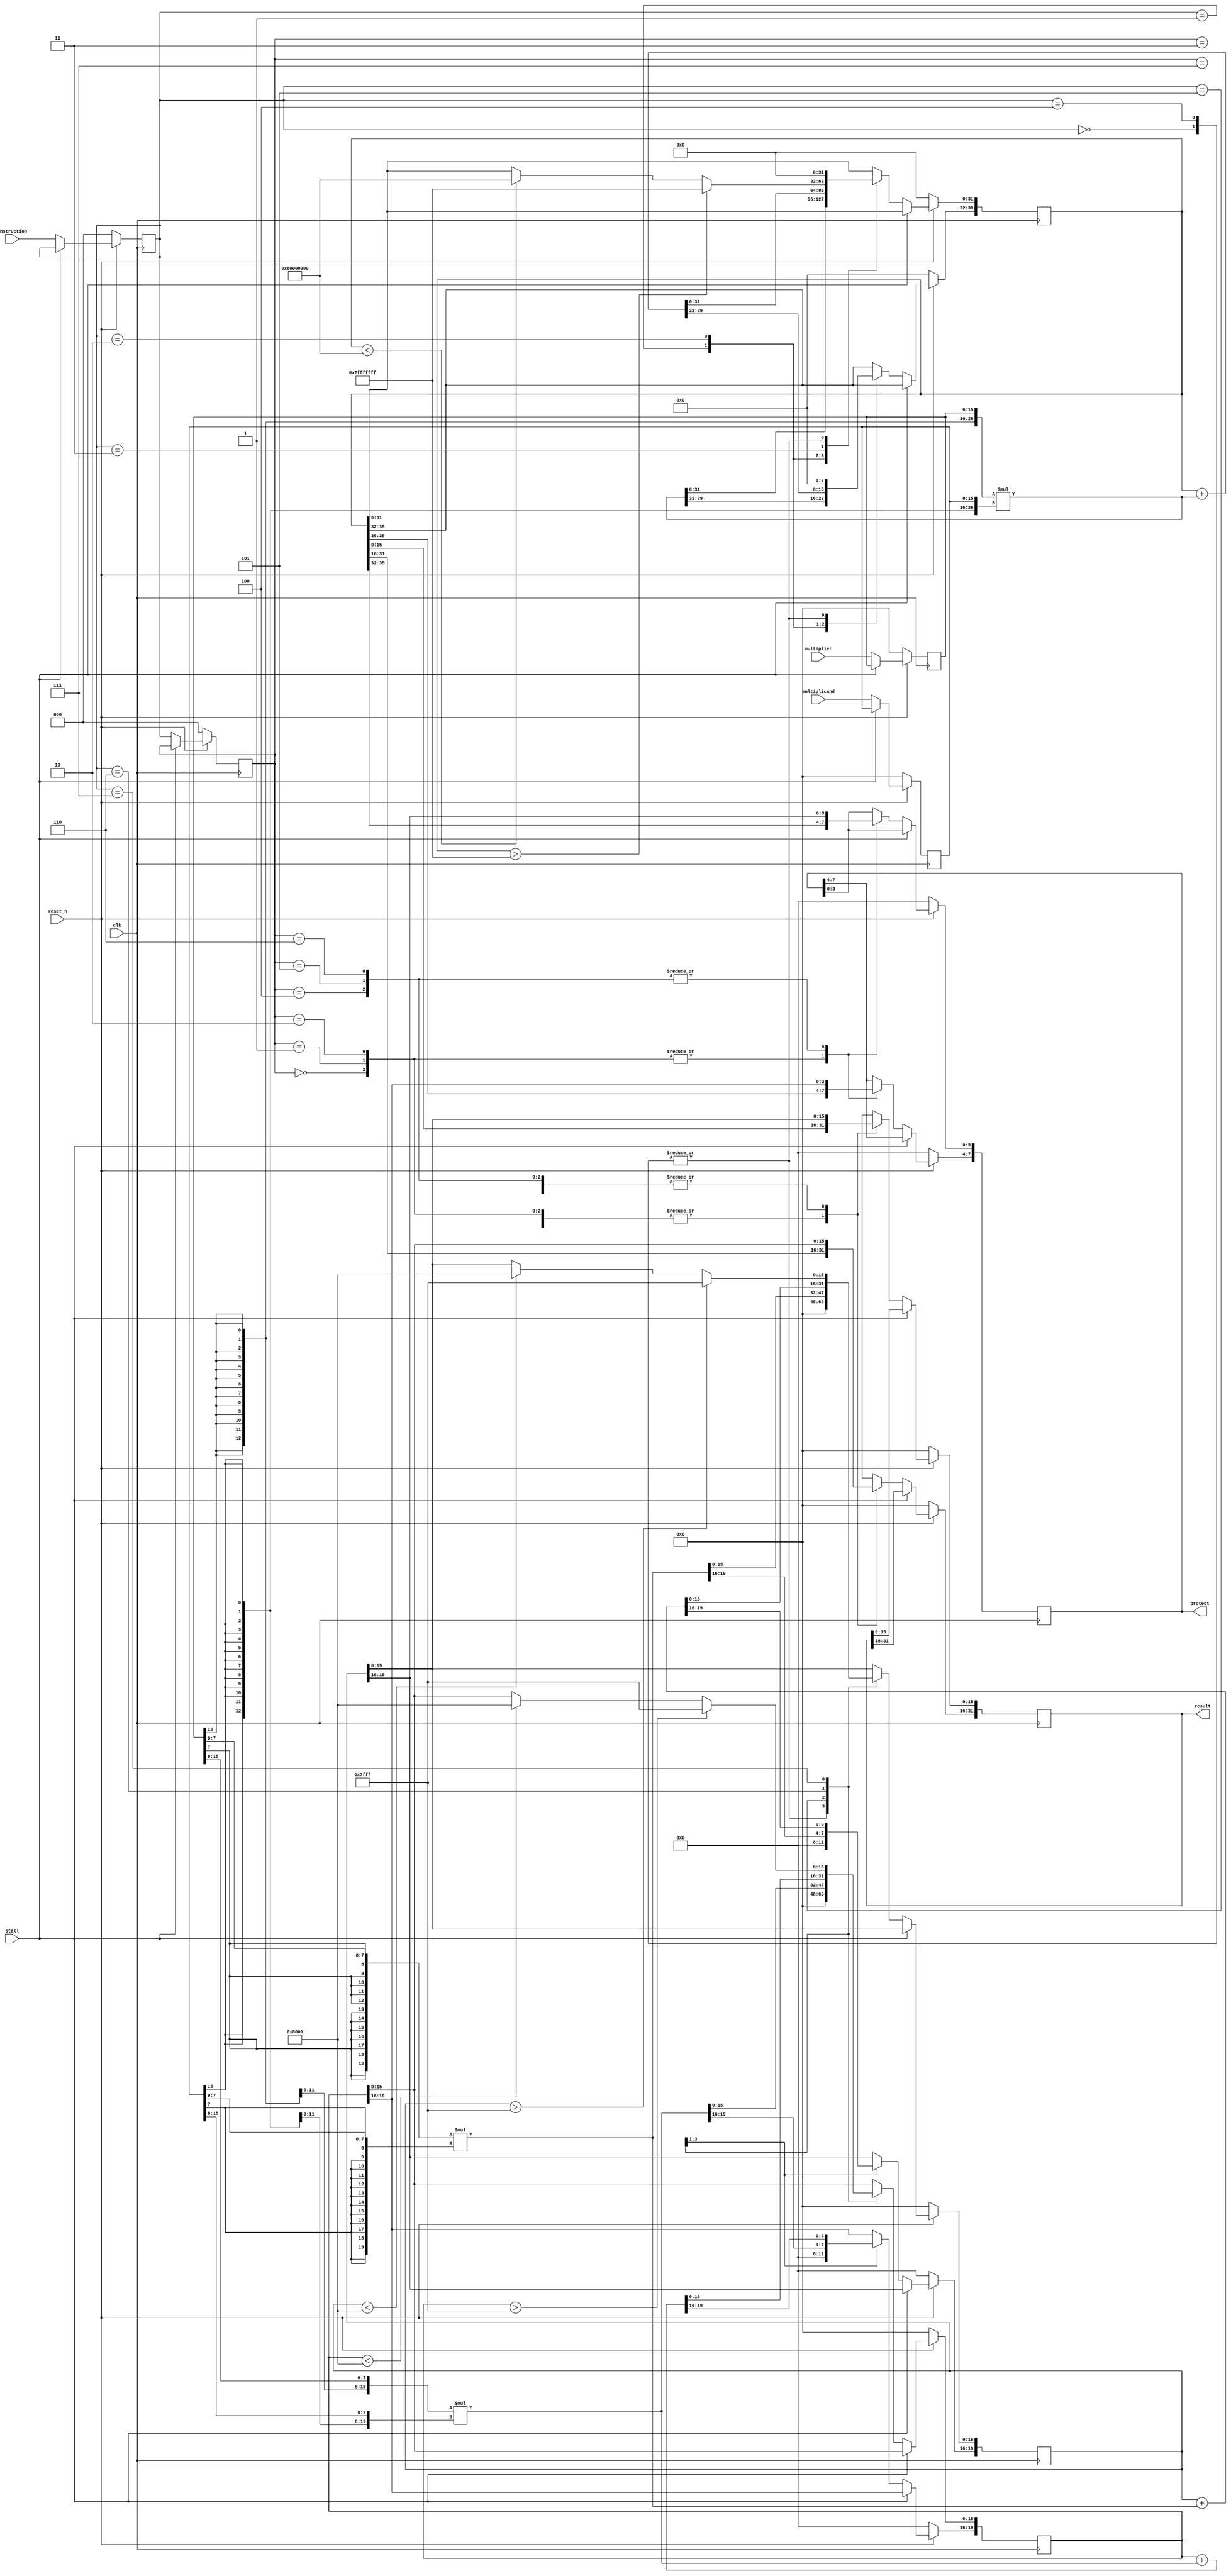
module mac (instruction, multiplier, multiplicand, stall, clk, reset_n, result, protect);
input signed [15:0] multiplier;
input signed [15:0] multiplicand; 
input  clk;
input  reset_n;
input  stall;
input  [2:0] instruction;
output [31:0] result;
output [7:0] protect;

//Add you design here

reg signed [15:0] mul_mp, mul_mc; // multiplier, multiplicand
reg [2:0] inst_1, inst_2; // two-stage pipeline architecture

// read
always @(posedge clk) begin
    if (!reset_n) begin
        mul_mp <= 0;
        mul_mc <= 0;
        inst_1 <= 0;
    end else begin
        if (!stall) begin
            mul_mp <= multiplier;
            mul_mc <= multiplicand;
            inst_1 <= instruction;
        end
    end
end

// passing the stage for pipeline
always @(posedge clk) begin
    if (!reset_n) begin
        inst_2 <= 0;
    end else begin
        if (!stall) begin
            inst_2 <= inst_1;
        end
    end
end

wire [7:0] mul_mph, mul_mpl; // high, low
wire [7:0] mul_mch, mul_mcl;
assign {mul_mph[7:0], mul_mpl[7:0]} = mul_mp[15:0];
assign {mul_mch[7:0], mul_mcl[7:0]} = mul_mc[15:0];

reg [39:0] temp_ans_16;
reg [19:0] temp_ans_8h, temp_ans_8l;

// compute_1, the main part to compute the ans
always @(posedge clk) begin
    if (!reset_n) begin
        temp_ans_16 <= 40'd0;
        temp_ans_8l <= 20'd0;
        temp_ans_8h <= 20'd0;
    end else begin
        if (!stall) begin
            case (inst_1)
                3'b000: begin
                    temp_ans_16 <= 40'd0;
                    temp_ans_8l <= 20'd0; // the 8-bit temp must be initialize according to the spec: {protect[7:0], result[31:0]} += sign_ext(multiplier * multiplicand);
                    temp_ans_8h <= 20'd0;
                end 

                3'b001: begin
                    temp_ans_16 <= {{24{mul_mp[15]}}, mul_mp} * {{24{mul_mc[15]}}, mul_mc};
                end
                
                3'b010: begin
                    temp_ans_16 <= temp_ans_16 + {{24{mul_mp[15]}}, mul_mp} * {{24{mul_mc[15]}}, mul_mc};
                end

                // 32-bit saturation
                3'b011: begin
                    if ($signed(temp_ans_16) > $signed(40'h007fffffff)) begin
                        temp_ans_16[31:0] <= 32'h7fffffff; 
                    end else if($signed(temp_ans_16) < $signed(40'hff80000000)) begin
                        temp_ans_16[31:0] <= 32'h80000000;  
                    end else begin
                        temp_ans_16 <= temp_ans_16;  
                    end
                end

                3'b100: begin
                    temp_ans_16 <= 40'd0; // the 16-bit temp must be initialize according to the spec: {protect[3:0], result[15:0]} += sign_ext(multiplier[7:0] * multiplicand[7:0]);
                    temp_ans_8l <= 20'd0;
                    temp_ans_8h <= 20'd0;
                end

                3'b101: begin
                    temp_ans_8l <= {{12{mul_mpl[7]}}, mul_mpl} * {{12{mul_mcl[7]}}, mul_mcl};
                    temp_ans_8h <= {{12{mul_mph[7]}}, mul_mph} * {{12{mul_mch[7]}}, mul_mch};
                end

                3'b110: begin
                    temp_ans_8l <= temp_ans_8l + {{12{mul_mpl[7]}}, mul_mpl} * {{12{mul_mcl[7]}}, mul_mcl};
                    temp_ans_8h <= temp_ans_8h + {{12{mul_mph[7]}}, mul_mph} * {{12{mul_mch[7]}}, mul_mch};
                end

                // two concurrent 16-bit saturation
                3'b111: begin
                    if($signed(temp_ans_8l) > $signed(20'h07fff)) begin
                        temp_ans_8l[15:0] <= 16'h7fff; 
                    end else if($signed(temp_ans_8l) < $signed(20'hf8000)) begin
                        temp_ans_8l[15:0] <= 16'h8000; 
                    end else begin
                        temp_ans_8l <= temp_ans_8l;
                    end
                        
                    if($signed(temp_ans_8h) > $signed(20'h07fff)) begin
                        temp_ans_8h[15:0] <= 16'h7fff;
                    end else if($signed(temp_ans_8h) < $signed(20'hf8000)) begin
                        temp_ans_8h[15:0] <= 16'h8000;
                    end else begin
                        temp_ans_8h <= temp_ans_8h;
                    end
                end
                
                default: begin
                    temp_ans_8l <= temp_ans_8l;
                    temp_ans_8h <= temp_ans_8h;
                    temp_ans_16 <= temp_ans_16; 
                end
            endcase 
        end
    end
end

reg [31:0] reg_result;
reg [7:0] reg_protect;
assign result = reg_result;
assign protect = reg_protect;

// compute_2, to output the ans from the last stage
always @(posedge clk) begin
    if (!reset_n) begin
        {reg_protect[7:0], reg_result[31:0]} <= 40'd0;
    end else begin
        if (!stall) begin
            case (inst_2)
                3'b000: begin
                    {reg_protect[7:0], reg_result[31:0]} <= temp_ans_16;
                end 

                3'b001: begin
                    {reg_protect[7:0], reg_result[31:0]} <= temp_ans_16;
                end

                3'b010: begin
                    {reg_protect[7:0], reg_result[31:0]} <= temp_ans_16;
                end

                3'b011: begin
                    reg_result <= temp_ans_16[31:0];
                end

                3'b100: begin
                    {reg_protect[3:0], reg_result[15:0]} <= temp_ans_8l;
                    {reg_protect[7:4], reg_result[31:16]} <= temp_ans_8h;
                end

                3'b101: begin
                    {reg_protect[3:0], reg_result[15:0]} <= temp_ans_8l;
                    {reg_protect[7:4], reg_result[31:16]} <= temp_ans_8h;
                end

                3'b110: begin
                    {reg_protect[3:0], reg_result[15:0]} <= temp_ans_8l;
                    {reg_protect[7:4], reg_result[31:16]} <= temp_ans_8h;
                end

                3'b111: begin
                    reg_result[15:0] <= temp_ans_8l[15:0];
                    reg_result[31:16] <= temp_ans_8h[15:0];
                end

                default: begin
                    {reg_protect[7:0], reg_result[31:0]} <= {reg_protect[7:0], reg_result[31:0]};                    
                end
            endcase
        end else begin
            {reg_protect[7:0], reg_result[31:0]} <= {reg_protect[7:0], reg_result[31:0]};            
        end
    end
end

endmodule